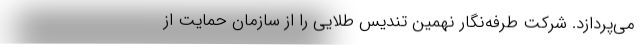
می‌پردازد. شرکت طرفه‌نگار نهمین تندیس طلایی را از سازمان حمایت از